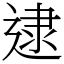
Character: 逮